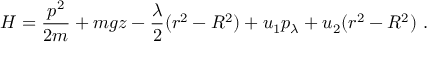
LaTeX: H = { \frac { p ^ { 2 } } { 2 m } } + m g z - { \frac { \lambda } { 2 } } ( r ^ { 2 } - R ^ { 2 } ) + u _ { 1 } p _ { \lambda } + u _ { 2 } ( r ^ { 2 } - R ^ { 2 } ) ~ .